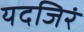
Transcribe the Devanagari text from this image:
यदजिरं